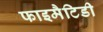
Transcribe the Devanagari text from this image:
फाइमैटिडी